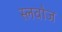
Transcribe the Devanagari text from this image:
स्लवोज